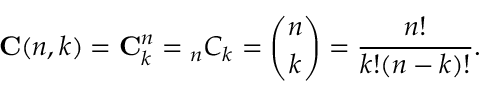
\mathbf { C } ( n , k ) = \mathbf { C } _ { k } ^ { n } = { _ { n } C _ { k } } = { \binom { n } { k } } = { \frac { n ! } { k ! ( n - k ) ! } } .